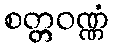
စတ္တဝဏ္ဏံ